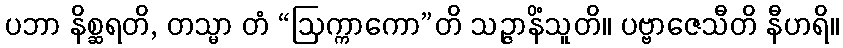
ပဘာ နိစ္ဆရတိ, တသ္မာ တံ “ဩက္ကာကော”တိ သဉ္ဇာနိံသူတိ။ ပဗ္ဗာဇေသီတိ နီဟရိ။